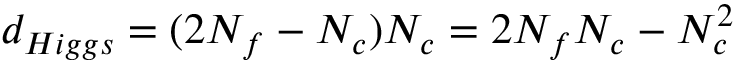
d _ { H i g g s } = ( 2 N _ { f } - N _ { c } ) N _ { c } = 2 N _ { f } N _ { c } - N _ { c } ^ { 2 }